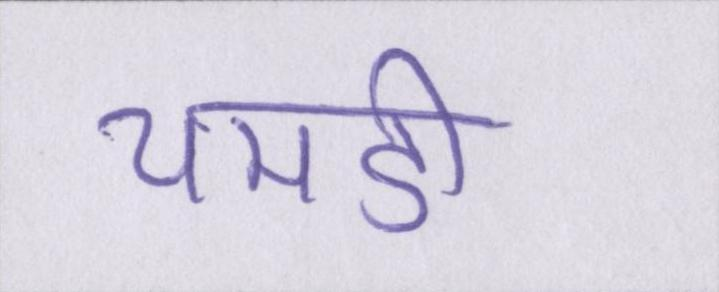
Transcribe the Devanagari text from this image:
चमडी